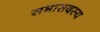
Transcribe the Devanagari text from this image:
सभासदस्य